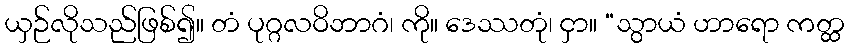
ယှဉ်လိုသည်ဖြစ်၍။ တံ ပုဂ္ဂလဝိဘာဂံ၊ ကို။ ဒေဿတုံ၊ ငှာ။ “သွာယံ ဟာရော ကတ္ထ